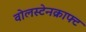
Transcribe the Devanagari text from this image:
वोलस्टेनक्राफ्ट